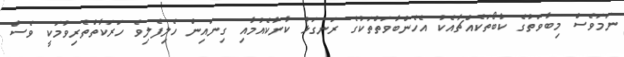
ނަމަވެސް މިބާވަތުގެ ކާބޯތަކެއްޗާއެކު އެހެންބާވަތްތަކުގެ ރަނގަޅު ކާނާކެއުމާއި ގިނައިން ހެލިފެލިވެ ހަރަކާތްތެރިވުމަކީ ވެސް